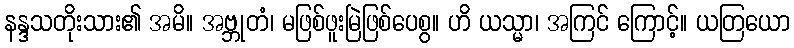
နန္ဒသတိုးသား၏ အမိ။ အဗ္ဘုတံ၊ မဖြစ်ဖူးမြဲဖြစ်ပေစွ။ ဟိ ယသ္မာ၊ အကြင် ကြောင့်။ ယတြယော